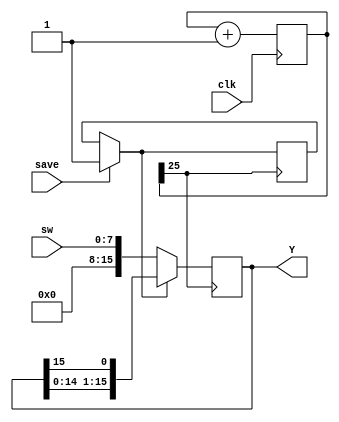
`timescale 1ns / 1ps
//////////////////////////////////////////////////////////////////////////////////
// Company: 
// Engineer: 
// 
// Design Name: 
// Module Name: PISO
// Project Name: 
// Target Devices: 
// Tool Versions: 
// Description: 
// 
// Dependencies: 
// 
// Revision:
// Revision 0.01 - File Created
// Additional Comments:
// 
//////////////////////////////////////////////////////////////////////////////////


module PISO(
    input [7:0] sw,
    input clk,
    input save,
    //input load,

    
    output reg [15:0] Y
    );
    
    reg [25:0] cntr;
    reg load;
    //reg [15:0] tmp;
    
    always@(posedge(clk))
    begin
    cntr <= cntr + 1;
    end
    
    always@(posedge(cntr[25]))
    begin 
    if (save == 1)
        load = 1;
    if (load == 1)
        Y = {Y[14:0], Y[15]};
    else
        Y = sw;
    
    end
   
endmodule